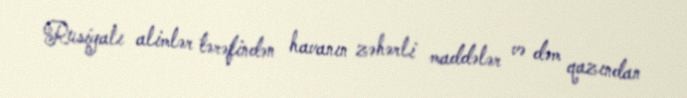
Rusiyalı alimlər tərəfindən havanın zəhərli maddələr və dəm qazından